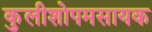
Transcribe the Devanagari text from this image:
कुलीशोपमसायक